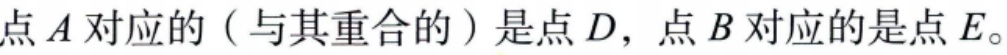
点\(A\)对应的（与其重合的）是点\(D\)，点\(B\)对应的是点\(E\)。